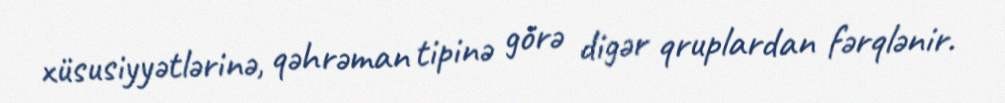
xüsusiyyətlərinə, qəhrəman tipinə görə digər qruplardan fərqlənir.